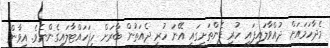
މެދާހަމައަށް ދުއްވާލައިފައި ހުރި ފެންތަށީގައި އޭނަ ހުރީ ދެއަތުން ބާރަށް ހިފަހައްޓާލައިގެންނެވެ. އީވާން